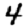
Digit: 4